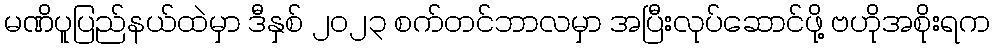
မဏိပူပြည်နယ်ထဲမှာ ဒီနှစ် ၂၀၂၃ စက်တင်ဘာလမှာ အပြီးလုပ်ဆောင်ဖို့ ဗဟိုအစိုးရက